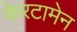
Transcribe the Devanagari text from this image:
केरटामेन